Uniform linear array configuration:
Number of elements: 16
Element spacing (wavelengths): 0.25
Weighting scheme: blackman
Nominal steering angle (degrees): -60
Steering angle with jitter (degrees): -60.572
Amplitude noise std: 0.05
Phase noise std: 0.05

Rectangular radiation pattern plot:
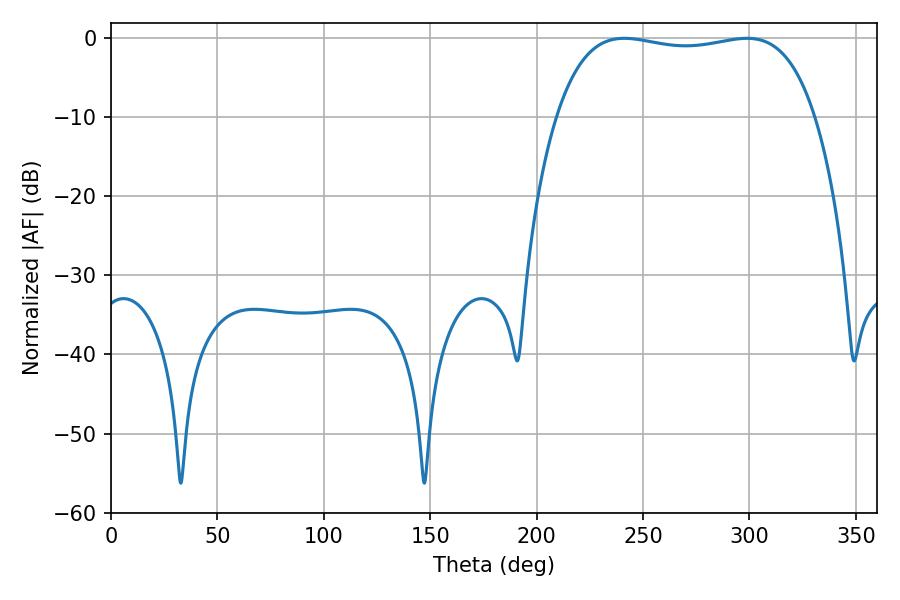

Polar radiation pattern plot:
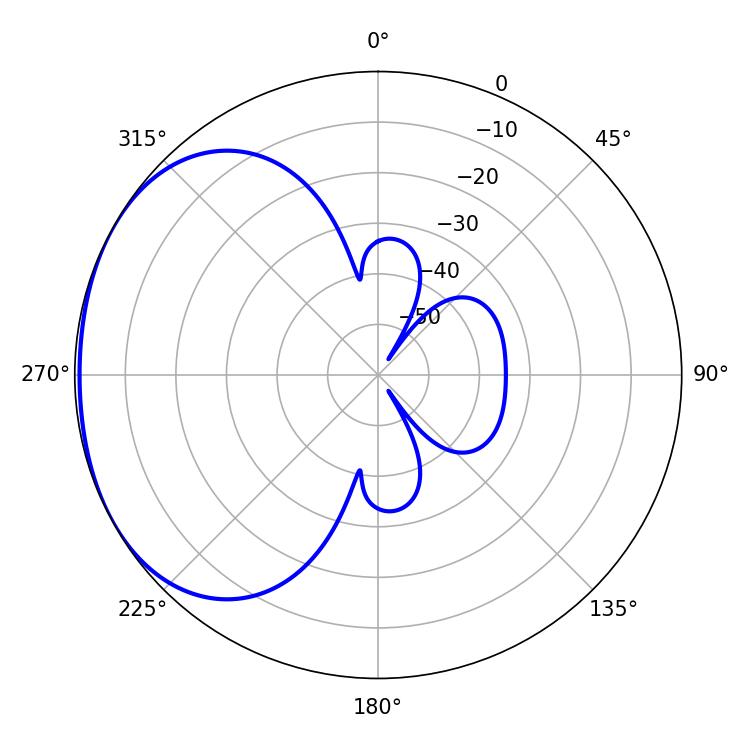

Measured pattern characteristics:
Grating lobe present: FALSE
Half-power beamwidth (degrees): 97.56
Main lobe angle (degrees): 241.2